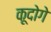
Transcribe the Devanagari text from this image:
कूदोगे